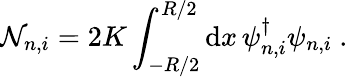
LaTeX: {\cal N}_{n,i}=2K\int_{-R/2}^{R/2}\mathrm{d}x\, \psi_{n,i}^{\dagger}\psi_{n,i}\ .